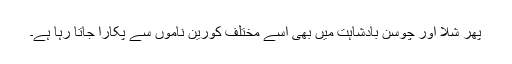
پھر شلا اور چُوسن بادشاہت میں بھی اسے مختلف کورین ناموں سے پکارا جاتا رہا ہے۔